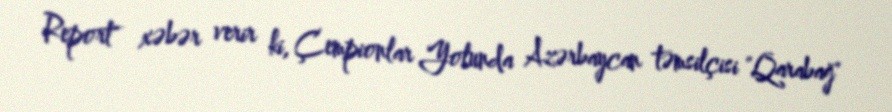
Report" xəbər verir ki, Çempionlar Yolunda Azərbaycan təmsilçisi "Qarabağ"